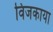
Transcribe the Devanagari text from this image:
विजकाया